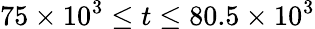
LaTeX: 75\times 10^{3}\le t\le 80.5\times 10^{3}